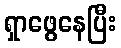
ရှာဖွေနေပြီး